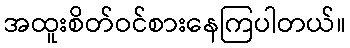
အထူးစိတ်ဝင်စားနေကြပါတယ်။